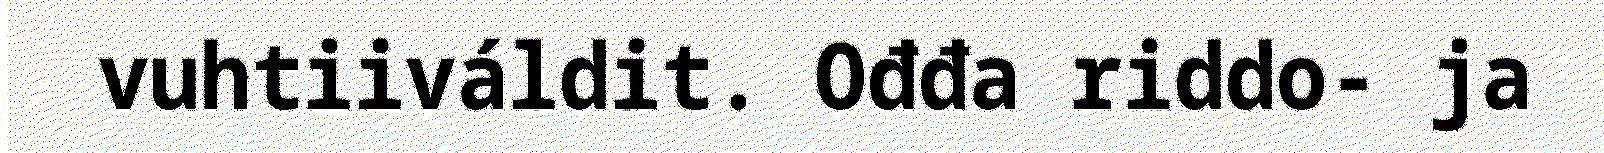
vuhtiiváldit. Ođđa riddo- ja